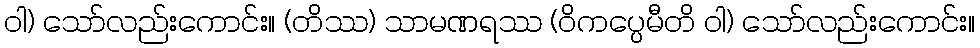
ဝါ) သော်လည်းကောင်း။ (တိဿ) သာမဏရဿ (ဝိကပ္ပေမီတိ ဝါ) သော်လည်းကောင်း။